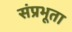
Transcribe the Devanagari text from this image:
संप्रभूता